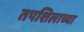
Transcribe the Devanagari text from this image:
तपशिलाच्या